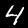
Label: 4